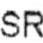
SR